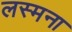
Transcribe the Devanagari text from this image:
लस्मना